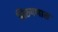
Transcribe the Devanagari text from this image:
निरुपणास